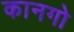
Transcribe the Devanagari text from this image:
कानगो